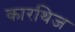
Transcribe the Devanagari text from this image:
कारथिज